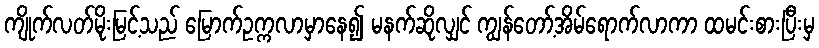
ကျိုက်လတ်မိုးမြင့်သည် မြောက်ဥက္ကလာမှာနေ၍ မနက်ဆိုလျှင် ကျွန်တော့်အိမ်ရောက်လာကာ ထမင်းစားပြီးမှ